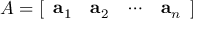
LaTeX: A = [ { \begin{array} { c c c c } { \mathbf { a } _ { 1 } } & { \mathbf { a } _ { 2 } } & { \cdots } & { \mathbf { a } _ { n } } \end{array} } ]